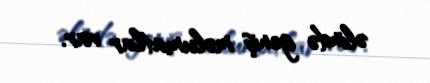
əlində geniş məlumatlar var.